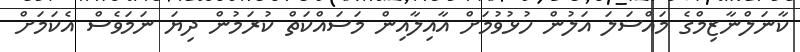
ކާނަލްނާޒިމްގެ މައްސަލަ އަލުން ހުޅުވުމަށް އާއިލާއިން މަސައްކަތް ކުރަމުން ދިޔަ ނަމަވެސް އެކަމަށް